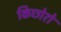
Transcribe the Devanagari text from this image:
किछोरो